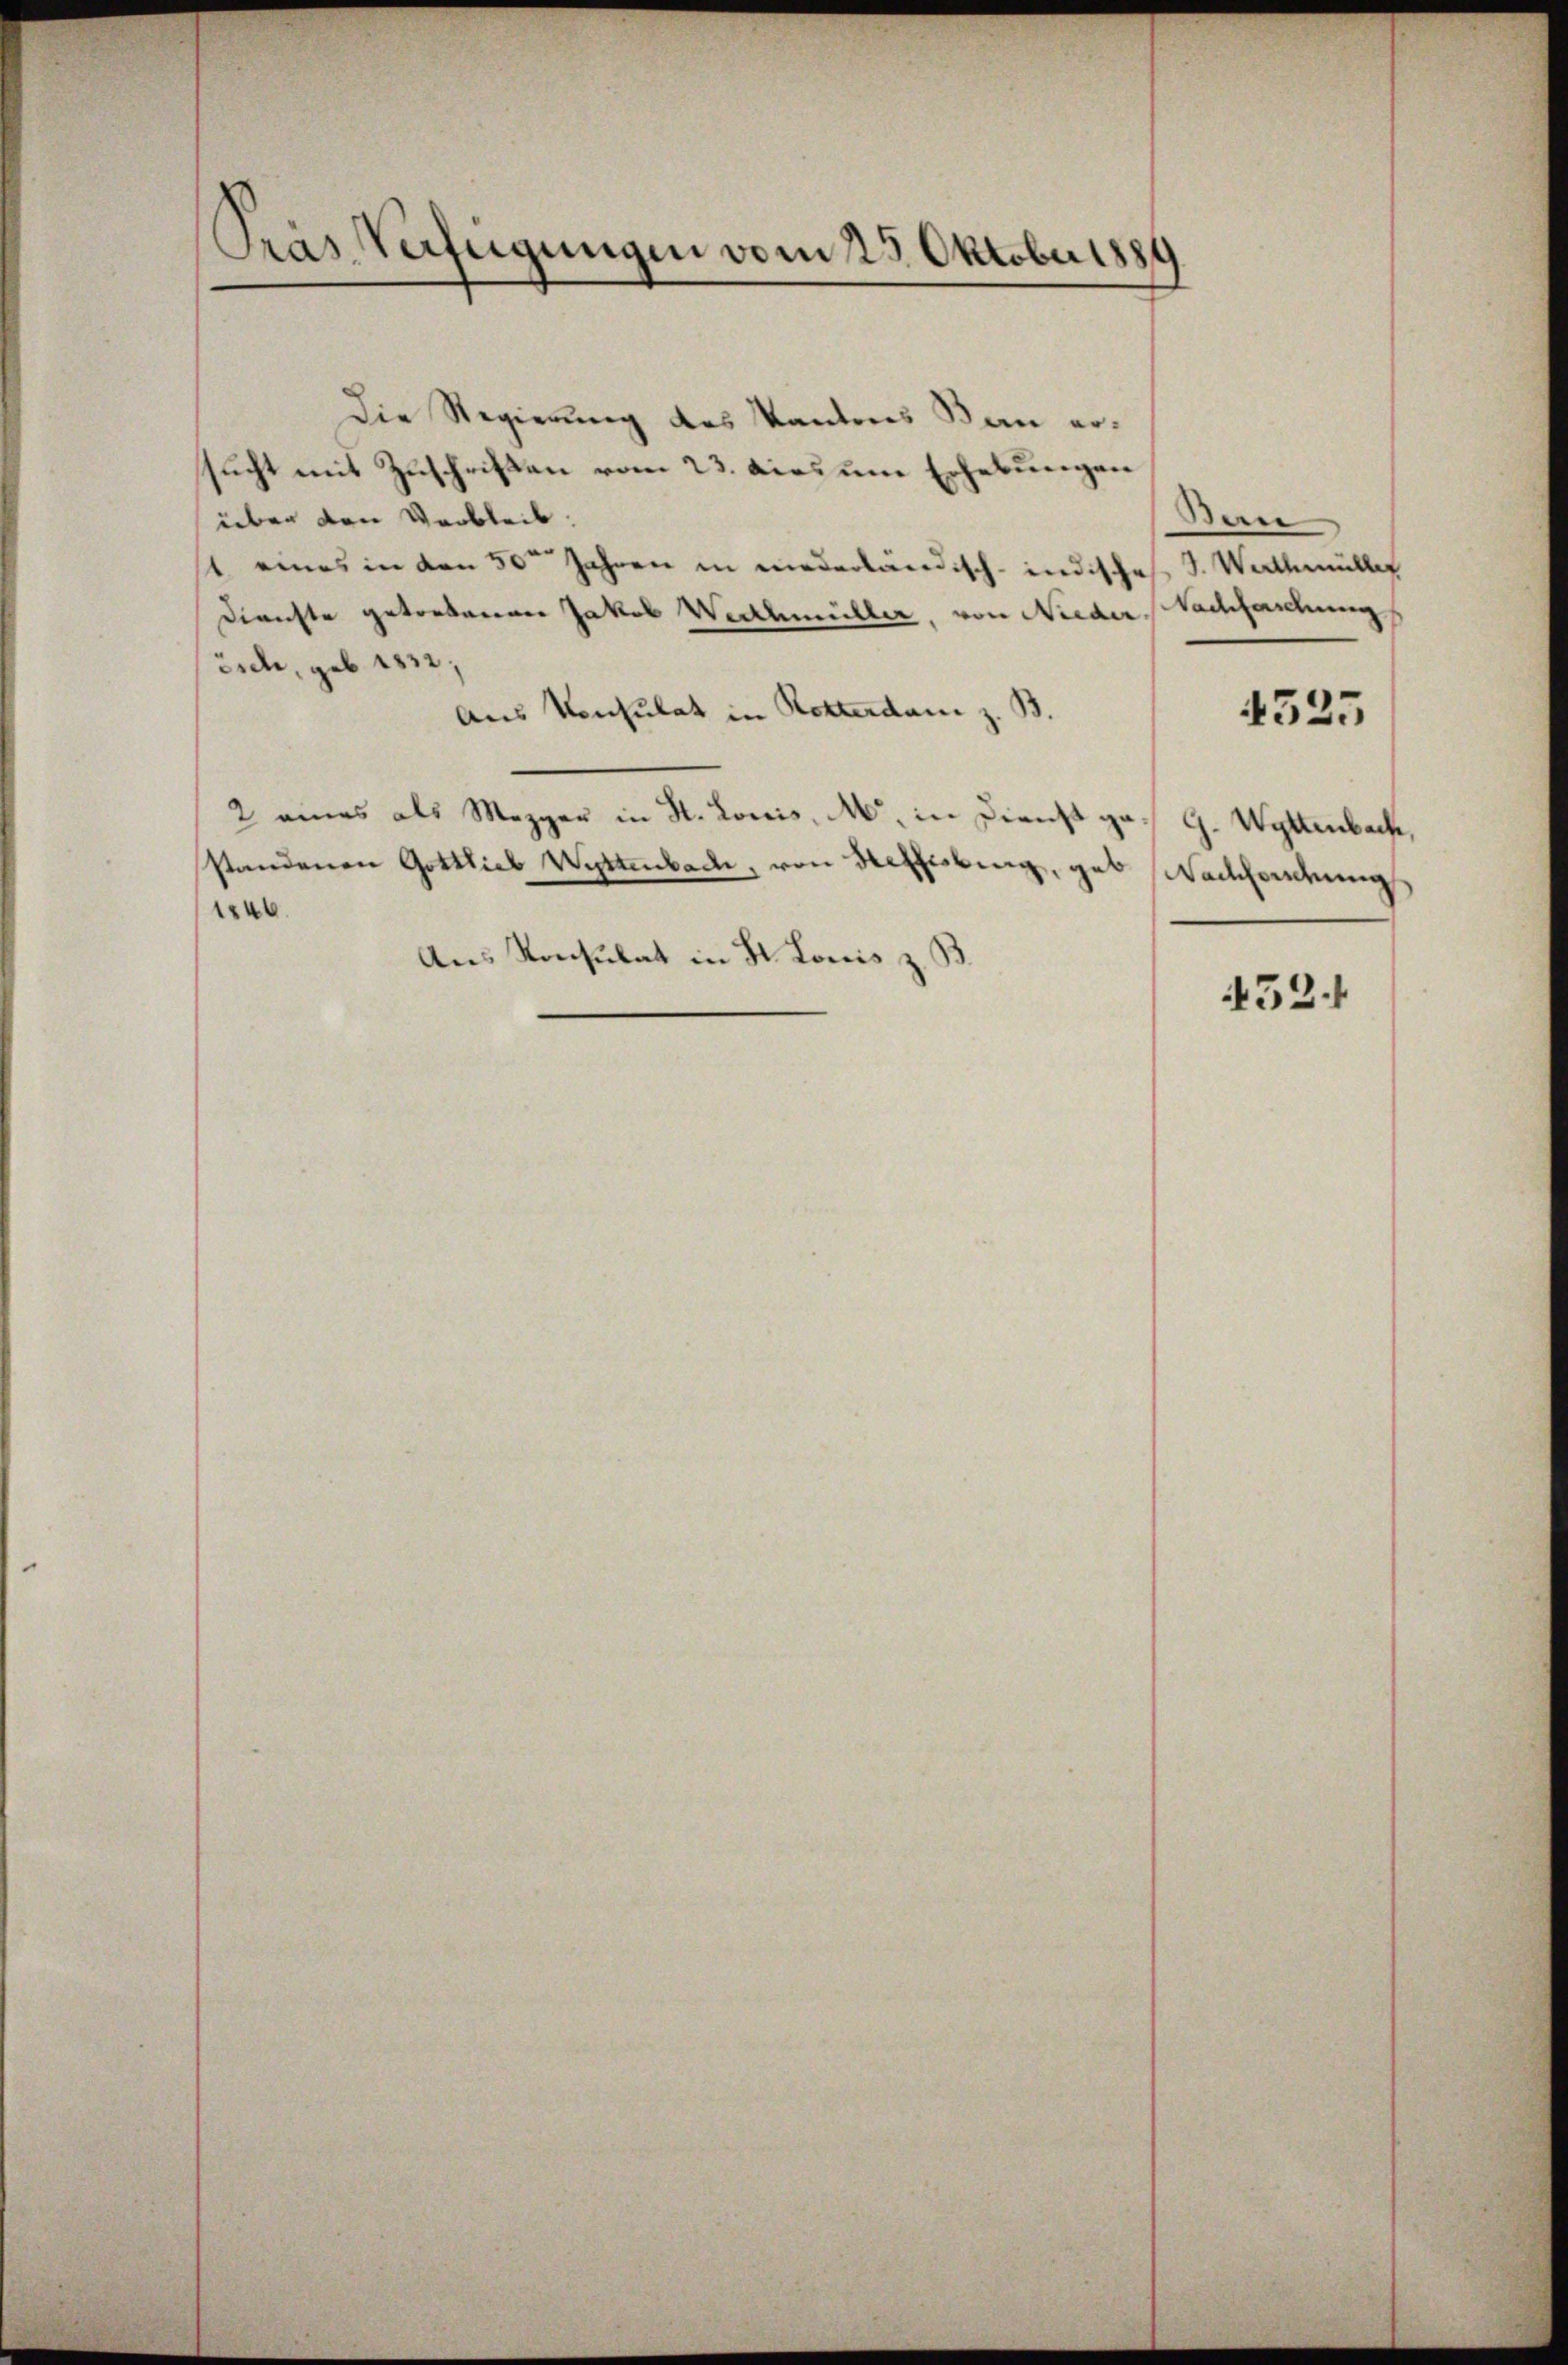
Pras Verfügungen vom 23. Oktober 1889

Die Regierung des Kantons Bau ersucht mit Zuschriften vom 23. dies um Erhebungen
über den Verbleib.
1 eines in den 50 Jahren in niederländisch-indisches J. Werthmüller
Dienste getretenen Jakob Werthmüller, von Nieder Nachforschung
örde, geb. 1832,
Aus Konsulat in Rotterdam z. B.
2 eines als Mezgen in St. Louis, M. in Dienst ga
standenen Gottlieb Wettenbach, von Heffisburg, geb Wackfordung
1840.
Aus Konsulat in St. Lonis z. B.

Bere

4525

G. Wettenbach,

432.